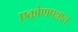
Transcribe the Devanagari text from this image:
एकोणपन्नास